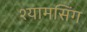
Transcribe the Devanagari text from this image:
श्यामसिंग